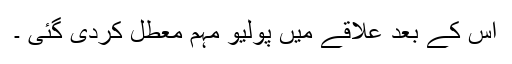
اس کے بعد علاقے میں پولیو مہم معطل کردی گئی ۔